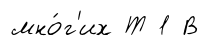
мно́г'их Т 1 В